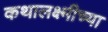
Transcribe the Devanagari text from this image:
कथालक्ष्मीच्या